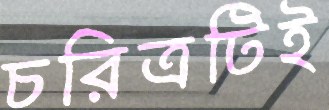
চরিত্রটিই